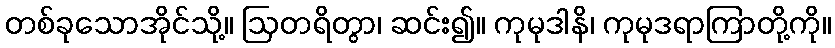
တစ်ခုသောအိုင်သို့။ ဩတရိတွာ၊ ဆင်း၍။ ကုမုဒါနိ၊ ကုမုဒရာကြာတို့ကို။